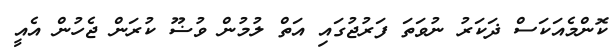
ކޮންމެއަކަސް ޛަކަރު ނުވަތަ ފަރުޖުގައި އަތް ލުމުން ވުޟޫ ކުރަން ޖެހުން އެއީ